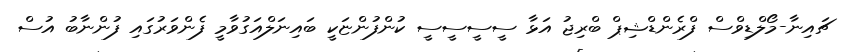
ޗައިނާ-މޯލްޑިވްސް ފްރެންޑްޝިޕް ބްރިޖު އަޅާ ސީސީސީސީ ކުންފުންޏަކީ ބައިނަލްއަގުވާމީ ފެންވަރުގައި ފުންނާބު އުސް